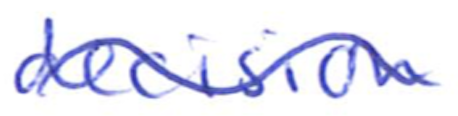
Text: decision
Cross-out: mix
Writing tool: ballpoint